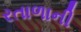
રતાળાની